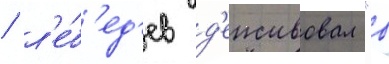
/ л'е́б'ед'ев д'еиствовал "в